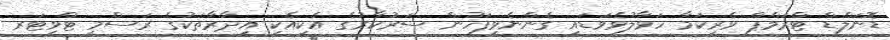
ޑޮނަލްޑް ޓްރަމްޕް ވެރިކަމާ ހަވާލުވެވަޑައި ގެންނެވިފަހުން ސަރުކާރުގެ އެކިއެކި އިދާރާތަކުގެ ރަސްމީ ޓްވިޓަރ